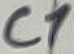
Text: C1